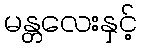
မန္တလေးနှင့်